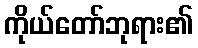
ကိုယ်တော်ဘုရား၏